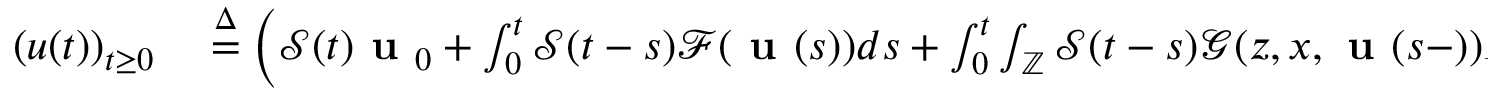
\begin{array} { r l } { ( u ( t ) ) _ { t \geq 0 } } & { { } \overset { \Delta } { = } \left( \mathcal { S } ( t ) \textbf { u } _ { 0 } + \int _ { 0 } ^ { t } \mathcal { S } ( t - s ) \mathcal { F } ( \textbf { u } ( s ) ) d s + \int _ { 0 } ^ { t } \int _ { \mathbb { Z } } \mathcal { S } ( t - s ) \mathcal { G } ( z , x , \textbf { u } ( s - ) ) \tilde { N } ( d s , d z ) \right) _ { t \geq 0 } } \end{array}